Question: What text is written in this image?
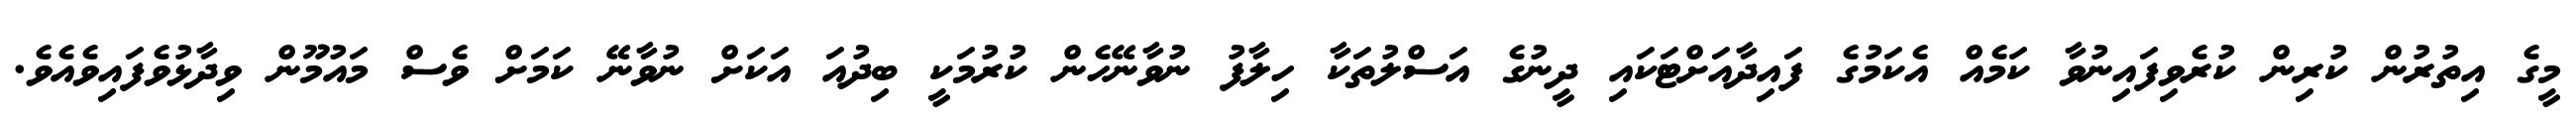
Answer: މީގެ އިތުރުން ކުރިން ކުރެވިފައިނުވާ ކަމެއް އެކަމުގެ ފައިދާއަށްޓަކައި ދީނުގެ އަސްލުތަކާ ހިލާފު ނުވާނޭހެން ކުރުމަކީ ބިދުއަ އަކަށް ނުވާނޭ ކަމަށް ވެސް މައުމޫން ވިދާޅުވެފައިވެއެވެ.